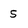
Character: 5